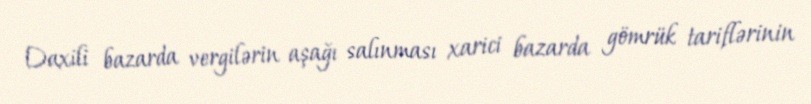
Daxili bazarda vergilərin aşağı salınması xarici bazarda gömrük tariflərinin